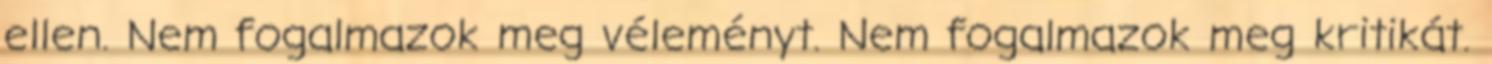
ellen. Nem fogalmazok meg véleményt. Nem fogalmazok meg kritikát.